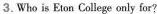
3.Who iz Eton College only for?